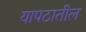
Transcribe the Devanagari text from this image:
यापटातील